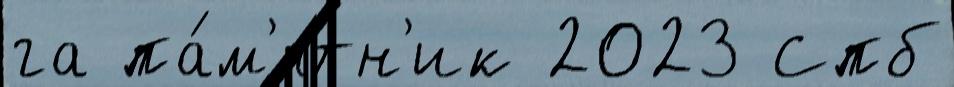
га па́м'ятн'ик 2023 Спб